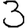
Digit: 3